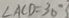
\angle A C D = 3 0 ^ { \circ }